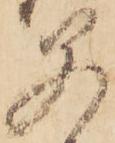
父